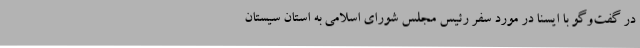
در گفت‌وگو با ایسنا در مورد سفر رئیس مجلس شورای اسلامی به استان سیستان